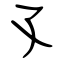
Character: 孓